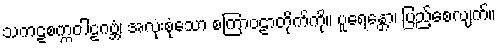
သကဠစက္ကဝါဠဂဗ္ဘံ၊ အလုံးစုံသော စကြာဝဠာတိုက်ကို။ ပူရေန္တော၊ ပြည့်စေလျက်။